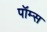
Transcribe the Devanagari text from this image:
पॉम्स